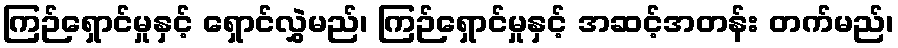
ကြဉ်ရှောင်မှုနှင့် ရှောင်လွှဲမည်၊ ကြဉ်ရှောင်မှုနှင့် အဆင့်အတန်း တက်မည်၊